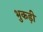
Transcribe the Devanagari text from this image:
भुकड़ी